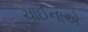
ચાઈનાએ